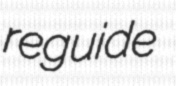
reguide